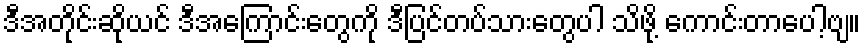
ဒီအတိုင်းဆိုယင် ဒီအကြောင်းတွေကို ဒီပြင်တပ်သားတွေပါ သိဖို့ ကောင်းတာပေါ့ဗျ။